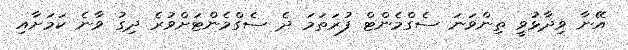
އޭނާ ވިދާޅުވީ ތިންވަނަ ސެގްމެންޓް ފުރަތަމަ ދެ ސެގްމެންޓަށްވުރެ ދިގު ވާނެ ކަމަށާއި